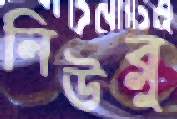
নিউব্লু